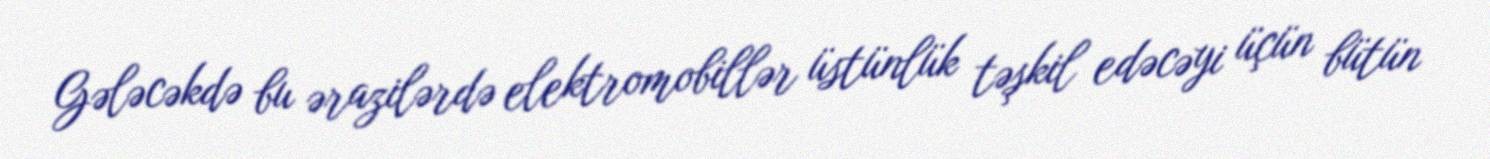
Gələcəkdə bu ərazilərdə elektromobillər üstünlük təşkil edəcəyi üçün bütün